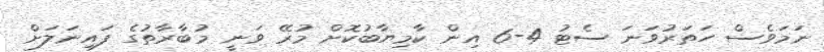
ނަމަވެސް ހަތަރުވަނަ ސެޓު 4-6 އިން ކާމިޔާބުކޮށް މުރޭ ވަނީ މުބާރާތުގެ ފައިނަލަށް